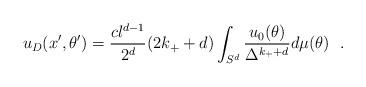
LaTeX: \begin{align*}u_D(x',\theta ')={cl^{d-1}\over 2^{d}}(2k_++d)\int_{S^d}{u_0(\theta)\over \Delta^{k_++d}}d\mu (\theta )~~.\end{align*}